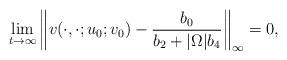
LaTeX: \begin{align*}\lim_{t\to\infty}\left\|v(\cdot,\cdot;u_0;v_0)-\frac{b_0}{b_2+|\Omega|b_4}\right\|_\infty=0,\end{align*}